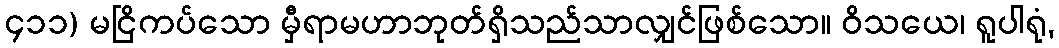
၄၁၁) မငြိကပ်သော မှီရာမဟာဘုတ်ရှိသည်သာလျှင်ဖြစ်သော။ ဝိသယေ၊ ရူပါရုံ,